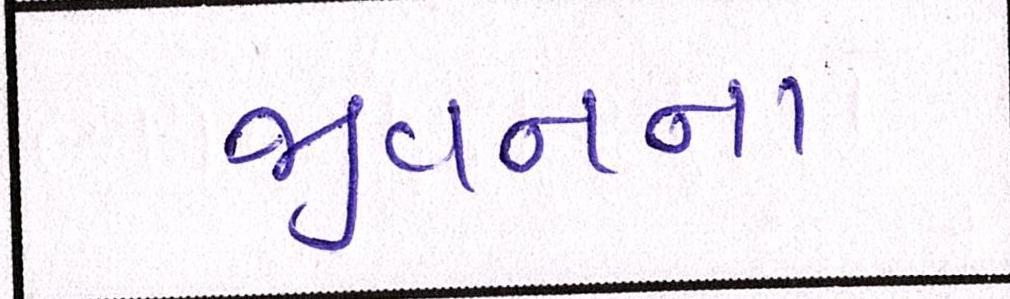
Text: જીવનના